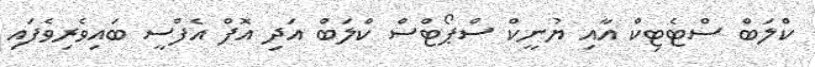
ކްލަބް ސްޓެޓިކް އާއި ޔުނީކް ސްޕޯޓްސް ކްލަބް އަދި އޮފް އެފްސީ ބައިވެރިވެފައި